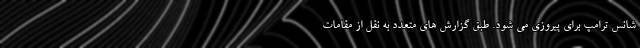
شانس ترامپ برای پیروزی می شود. طبق گزارش های متعدد به نقل از مقامات